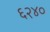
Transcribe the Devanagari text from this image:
६२४०